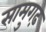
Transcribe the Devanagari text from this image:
सामुगढ़